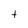
Character: t